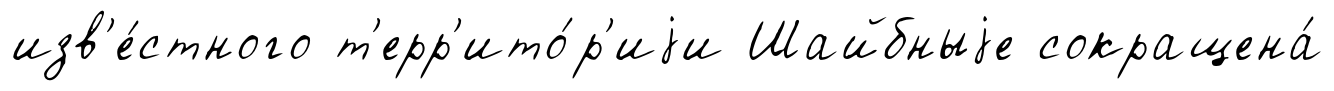
изв'е́стного т'ерр'ито́р'иjи Шайбныjе сокращена́